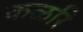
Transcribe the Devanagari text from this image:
कळरि